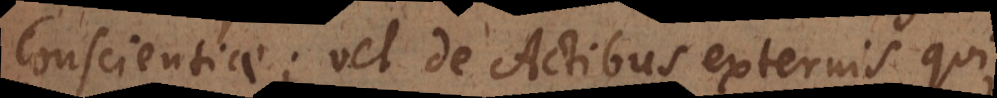
Conscientiae; vel de Actibus externis qui